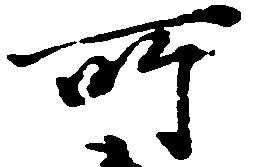
所